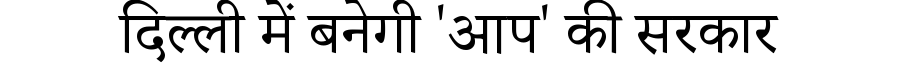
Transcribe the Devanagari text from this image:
दिल्ली में बनेगी 'आप' की सरकार